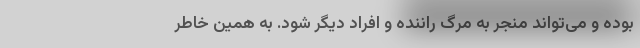
بوده و می‌تواند منجر به مرگ راننده و افراد دیگر شود. به همین خاطر